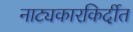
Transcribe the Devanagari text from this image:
नाट्यकारकिर्दीत